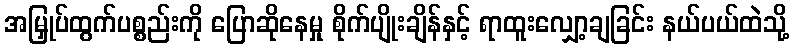
အမြှုပ်ထွက်ပစ္စည်းကို ပြောဆိုနေမှု စိုက်ပျိုးချိန်နှင့် ရာထူးလျှော့ချခြင်း နယ်ပယ်ထဲသို့